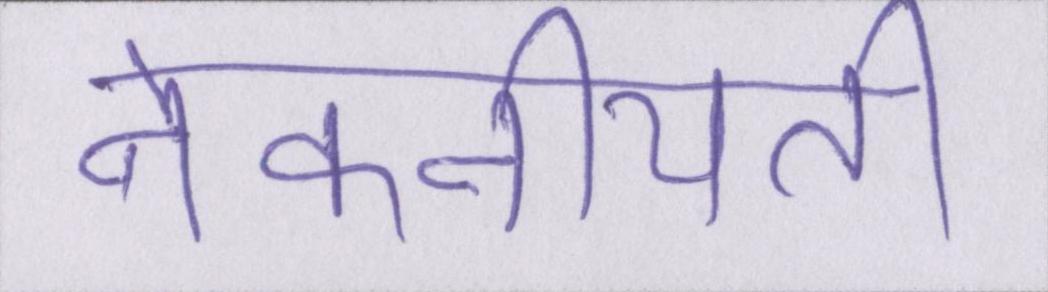
नेकनीयती